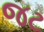
જટ